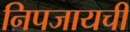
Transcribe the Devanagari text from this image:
निपजायची